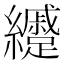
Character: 𦇰